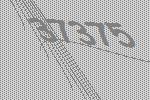
37375